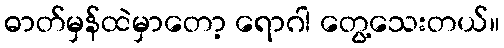
ဓာတ်မှန်ထဲမှာတော့ ရောဂါ တွေ့သေးတယ်။